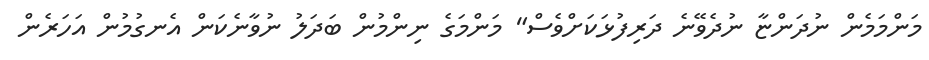
މަންމަމެން ނުދަންޏާ ނުދެވޭނެ ދަރިފުޅަކަށްވެސް" މަންމަގެ ނިންމުން ބަދަލު ނުވާނެކަން އެނގުމުން އަހަރެން